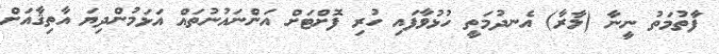
ފާތުމަތު ނީނާ (ލާރާ) އެނދުމަތީ ހުޅުވާފައި ހުރި ފޮށްޓަށް އަންނައުނުތައް އަޅަމުންދިޔަ އާތިޤާއަށް